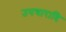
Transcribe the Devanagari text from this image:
उपचारादि